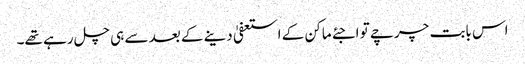
اس بابت چرچے تو اجئے ماکن کے استعفیٰ دینے کے بعد سے ہی چل رہے تھے۔